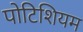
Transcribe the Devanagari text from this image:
पोटिशियम